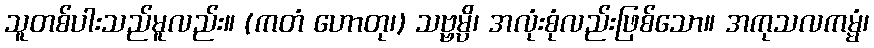
သူတစ်ပါးသည်မူလည်း။ (ကတံ ဟောတု၊) သဗ္ဗမ္ပိ၊ အလုံးစုံလည်းဖြစ်သော။ အကုသလကမ္မံ၊